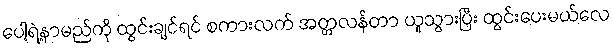
ပေါ့ရဲ့နာမည်ကို ထွင်းချင်ရင် စကားလက် အတ္တလန်တာ ယူသွားပြီး ထွင်းပေးမယ်လေ